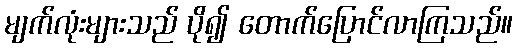
မျက်လုံးများသည် ပို၍ တောက်ပြောင်လာကြသည်။